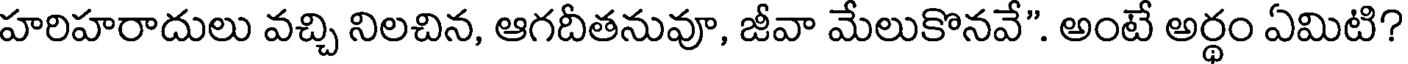
హరిహరాదులు వచ్చి నిలచిన, ఆగదీతనువూ, జీవా మేలుకొనవే". అంటే అర్థం ఏమిటి?